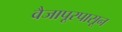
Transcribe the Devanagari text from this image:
वैजापूरपासून